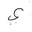
Letter: _ya